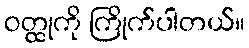
ဝတ္ထုကို ကြိုက်ပါတယ်။